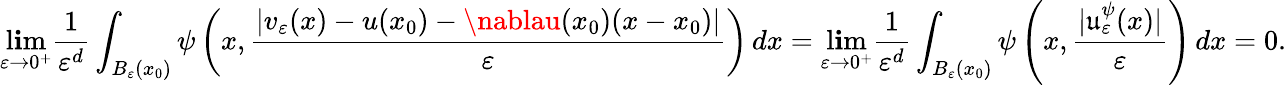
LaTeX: \operatorname*{l\mathbf{i}m}_{\varepsilon\to0^{+}}\frac{{1}}{{\varepsilon^{d}}}\int_{B_{\varepsilon}(x_{0})}\psi\left(x,\frac{{|v_{\varepsilon}(x)-u(x_{0})-\nablau(x_{0})(x-x_{0})|}}{{\varepsilon}}\right)\, dx=\operatorname*{l\mathbf{i}m}_{\varepsilon\to0^{+}}\frac{{1}}{{\varepsilon^{d}}}\int_{B_{\varepsilon}(x_{0})}\psi\left(x,\frac{{|\mathfrak{{u}}_{\varepsilon}^{\psi}(x)|}}{{\varepsilon}}\right)\, dx=0.